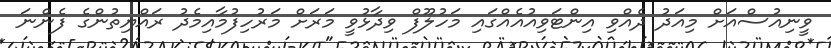
ވީނިއުސްއަށް މިއަދު ދެއްވި އިންޓަވިއުއެއްގައި މަހުލޫފް ވިދާޅުވީ މަރަށް މަރުހިފުމާއިމެދު ރައްޔިތުންގެ ފެންނަ